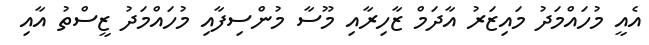
އެއީ މުހައްމަދު މައިޒަރު އާދަމް ޒާހިރާއި މޫސާ މުންސިފާއި މުހައްމަދު ޒީސްތު އާއި